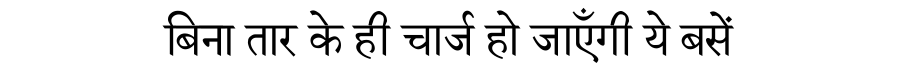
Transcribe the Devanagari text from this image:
बिना तार के ही चार्ज हो जाएँगी ये बसें